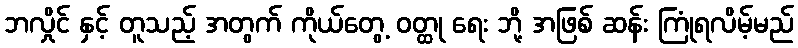
ဘလှိုင် နှင့် တူသည့် အတွက် ကိုယ်တွေ့ ဝတ္ထု ရေး ဘို့ အဖြစ် ဆန်း ကြုံရလိမ့်မည်